Indian journal of veterinary science and animal husbandry - Volume 1,
Year: 1931
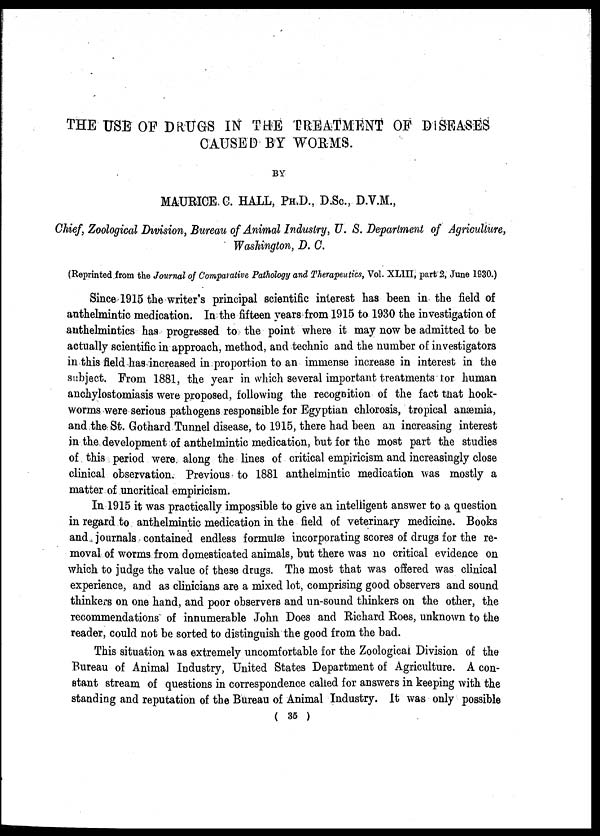
THE USE OF DRUGS IN THE TREATMENT OF DISEASES
CAUSED BY WORMS.
BY
MAURICE C. HALL, PH.D., D.SC., D.V.M.,
Chief, Zoological Division, Bureau of Animal Industry, U. S. Department of Agriculture,
Washington, D. C.
(Reprinted from the Journal of Comparative Pathology and Therapeutics, Vol. XLIII, part 2, June 1930.)
Since 1915 the writer's principal scientific interest has been in the field of
anthelmintic medication. In the fifteen years from 1915 to 1930 the investigation of
anthelmintics has progressed to the point where it may now be admitted to be
actually scientific in approach, method, and technic and the number of investigators
in this field has increased in proportion to an immense increase in interest in the
subject. From 1881, the year in which several important treatments for human
anchylostomiasis were proposed, following the recognition of the fact that hook-
worms were serious pathogens responsible for Egyptian chlorosis, tropical anæmia,
and the St. Gothard Tunnel disease, to 1915, there had been an increasing interest
in the development of anthelmintic medication, but for the most part the studies
of this period were along the lines of critical empiricism and increasingly close
clinical observation. Previous to 1881 anthelmintic medication was mostly a
matter of uncritical empiricism.
In 1915 it was practically impossible to give an intelligent answer to a question
in regard to anthelmintic medication in the field of veterinary medicine. Books
and journals contained endless formulæ incorporating scores of drugs for the re-
moval of worms from domesticated animals, but there was no critical evidence on
which to judge the value of these drugs. The most that was offered was clinical
experience, and as clinicians are a mixed lot, comprising good observers and sound
thinkers on one hand, and poor observers and un-sound thinkers on the other, the
recommendations of innumerable John Does and Richard Roes, unknown to the
reader, could not be sorted to distinguish the good from the bad.
This situation was extremely uncomfortable for the Zoological Division of the
Bureau of Animal Industry, United States Department of Agriculture. A con-
stant stream of questions in correspondence called for answers in keeping with the
standing and reputation of the Bureau of Animal Industry. It was only possible
( 35 )